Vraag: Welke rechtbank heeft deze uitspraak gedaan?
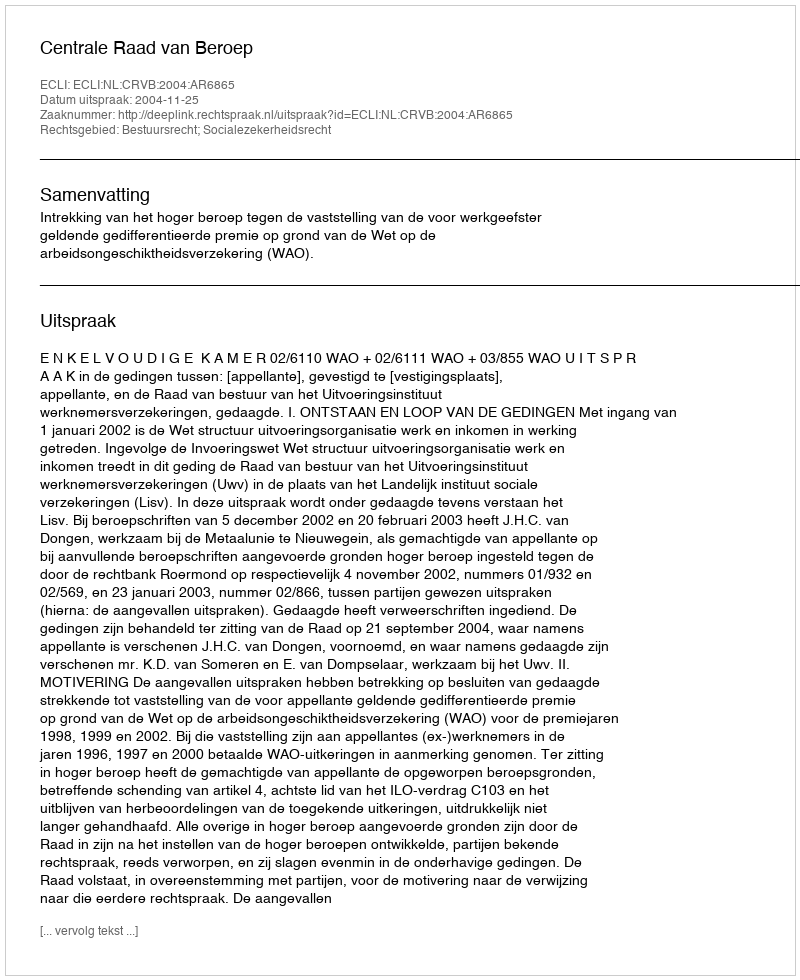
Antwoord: Centrale Raad van Beroep